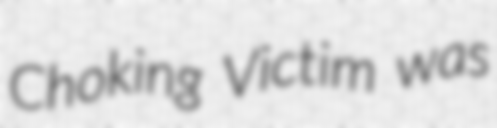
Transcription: Choking Victim was